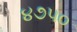
૪૭૫૦